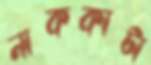
নাককাটা